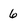
Character: 6